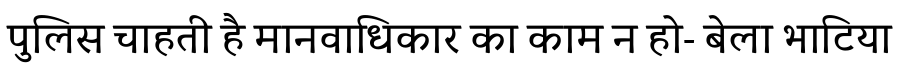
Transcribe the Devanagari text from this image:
पुलिस चाहती है मानवाधिकार का काम न हो- बेला भाटिया